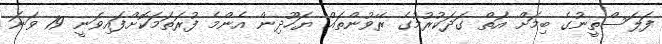
ފަލަސްތީނުގެ ބިމަށް އަތް ގަދަކުރުމުގެ ރޭވުންތައް ޔަހޫދިން އެންމެ ފުރަތަމަކޮށްފައިވަނީ 19 ވަނަ